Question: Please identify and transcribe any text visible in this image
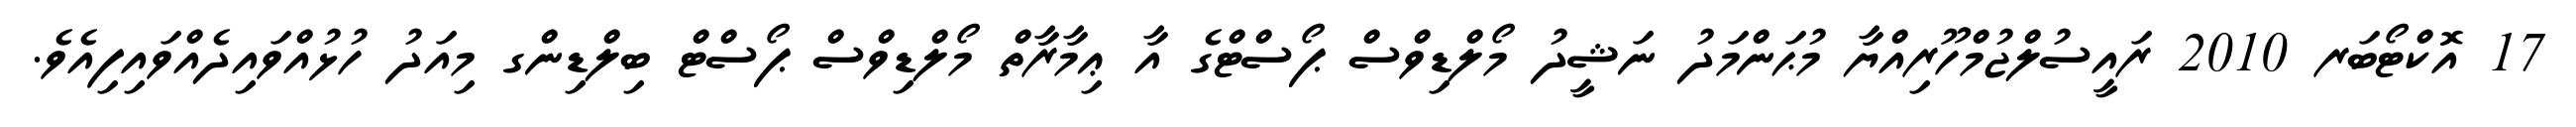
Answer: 17 އޮކްޓޯބަރ 2010 ރައީސުލްޖުމްހޫރިއްޔާ މުޙަންމަދު ނަޝީދު މޯލްޑިވްސް ޕޯސްޓްގެ އާ ޢިމާރާތް މޯލްޑިވްސް ޕޯސްޓް ބިލްޑިންގ މިއަދު ހުޅުއްވައިދެއްވައިފިއެވެ.